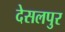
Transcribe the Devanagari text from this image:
देसलपुर